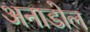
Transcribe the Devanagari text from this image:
अनाडोल